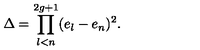
\Delta = \prod _ { l < n } ^ { 2 g + 1 } ( e _ { l } - e _ { n } ) ^ { 2 } .